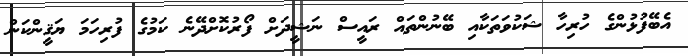
އެބޭފުޅުންގެ ހުރިހާ ޝަކުވަތަކާއި ބޭނުންތައް ރައީސް ނަޝީދަށް ފޯރުކޮށްދޭނެ ކަމުގެ ފުރިހަމަ ޔަޤީންކަން